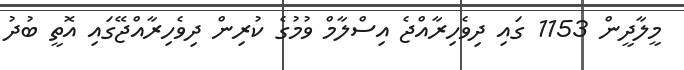
މީލާދީން 1153 ގައި ދިވެހިރާއްޖެ އިސްލާމް ވުމުގެ ކުރިން ދިވެހިރާއްޖޭގައި އޮތީ ބުދު